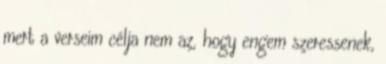
mert a verseim célja nem az, hogy engem szeressenek,